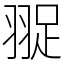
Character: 䎌